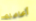
أعاملك